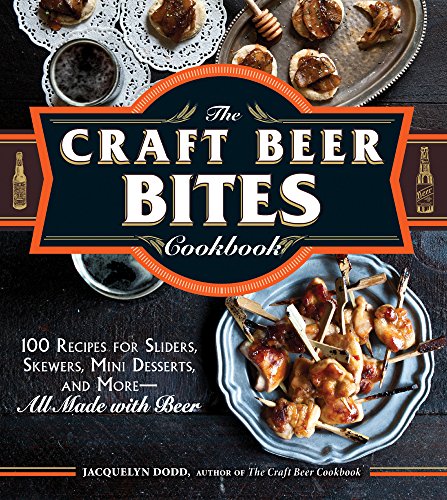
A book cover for The Craft Beer Bites Cookbook: 100 Recipes for Sliders, Skewers, Mini Desserts, and More--All Made with Beer; Jacquelyn Dodd; Cookbooks, Food & Wine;